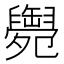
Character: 𦦩